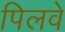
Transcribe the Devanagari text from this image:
पिलवे